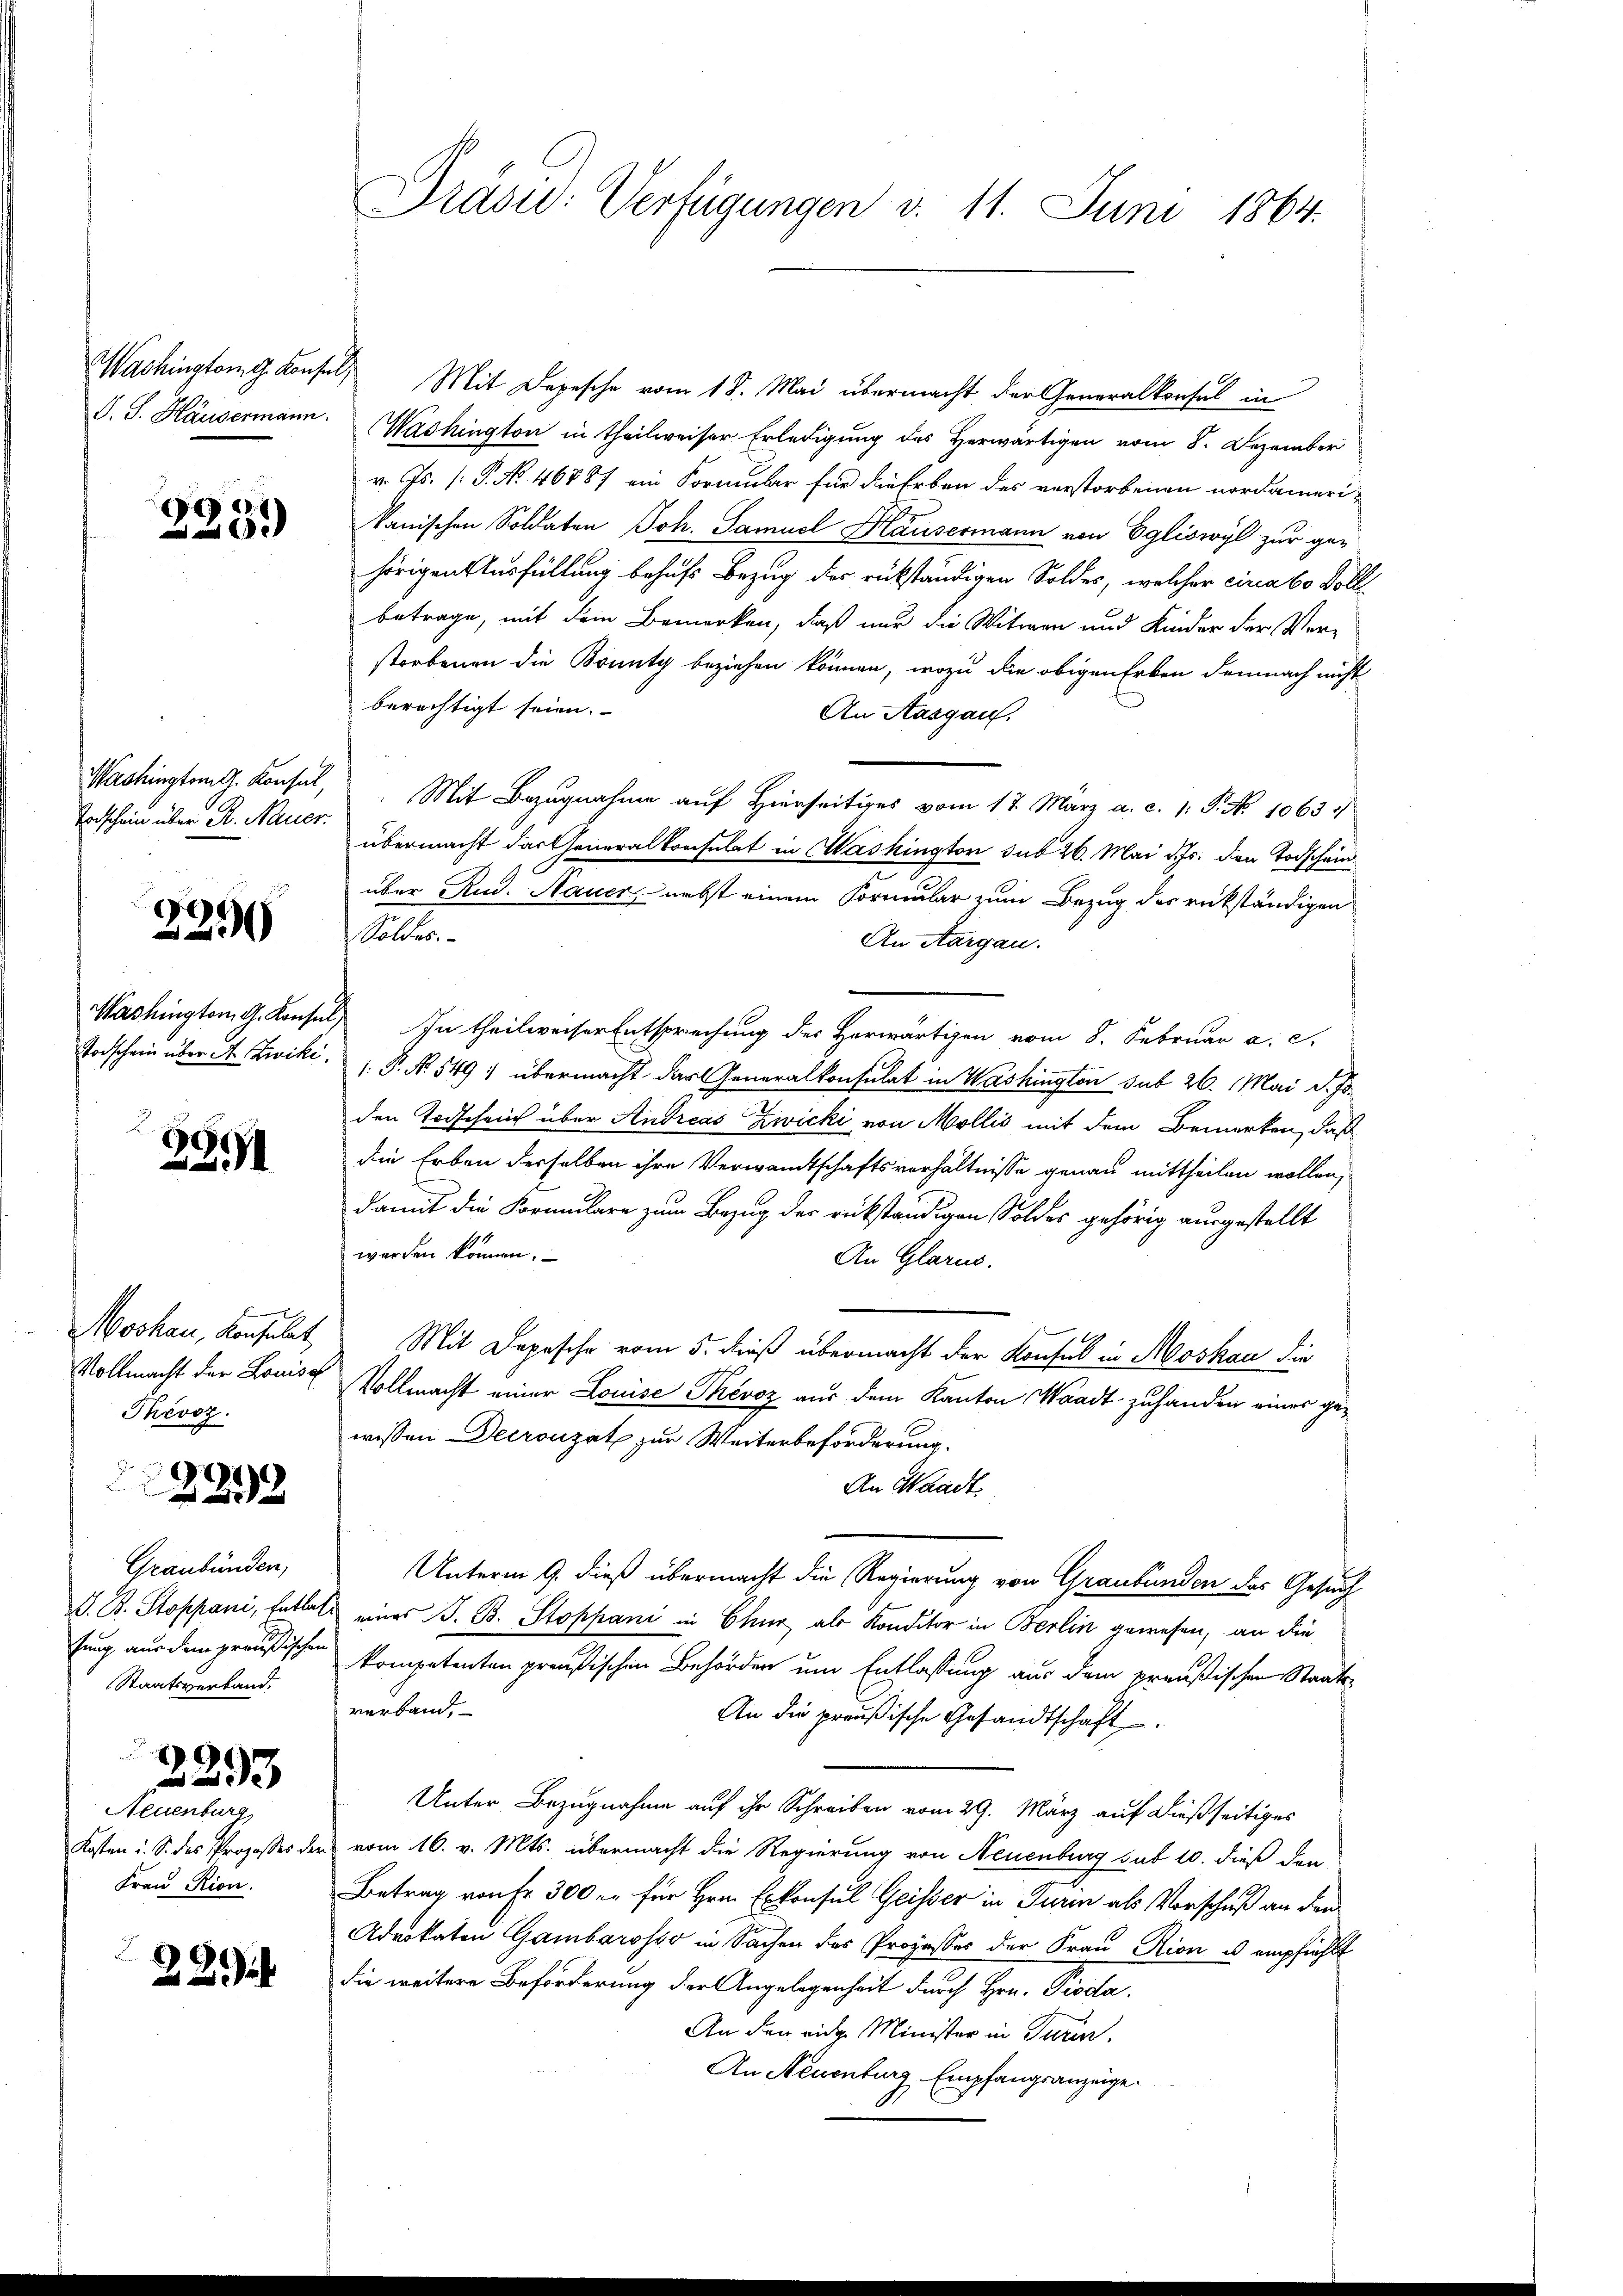
Washingtom g. Konsel
J. J. Häusermann.

233

Todschein über R. Nauer.

e
23

2991

Moskau, Konsulat,
Thevoz.

2293

Graubünden,
tung aus dem preußischen
Staatsverband.

.
Neuenburg
Kosten u. S. des Prozesses de
Frau Rion.

2293

22

Präsid: Verfügungen v. 11. Juni 1864.

Mit Depesche vom 18. Mai übermacht der Generalkonsul in
Washington in theilweiser Erledigung des Herwärtigen vom 8. Dezember
v. Js. (: P. No. 46887 ein Formular für die Erben des verstorbenen nordamerikanischen Soldaten Joh. Samuel Häusermann von Egliswyl zur gehörigen Ausfüllung behufs Bezug der rükständigen Soldes, welcher circa 60 Voll
betrage, mit dem Bemerken, daß nur die Witwen und Kinder der Verstorbenen die Bounty beziehen können, wozu die obigen Erben demnach nicht
berechtigt seien.
An Aargau.
Washingten G. Konsul, Mit Bezugnahme auf Hierseitiges vom 17. März a. c. 1. P. No 1063.
übermacht das Generalkonsulat in Washington sub 26. Mai d. Js. den Todschein
über Rud. Hauer, nebst einem Formular zum Bezug des rükständigen
Soldes.
An Aargau.
Washington G. Konsul In theilweiser Entsprechung des Herwärtigen vom 8. Februar a. c.
Godschein über A. Zwiki. P. No. 549 übermacht das Generalkonsulat in Washington sub 26. Mai d. Js.
den Todschein über Andreas Zwicki von Mollis mit dem Bemerken, daß
die Erben derselben ihre Verwandtschaftsverhältnisse genau mittheilen wollen,
damit die Formulare zum Bezug der rückständigen Soldes gehörig ausgestellt
werden können.
An Glarus.
Mit Depesche vom 5. dieß übermacht der Konsul in Moskau die
Vollmacht der Louise Vollmacht einer Louise Thévoz aus dem Kanton Waadt zu hander einer gewissen Decrouzat zur Weiterbeförderung.
An Waadt,
Unterm 9. dieß übermacht die Regierung von Graubünden das Gesuch
G. B. Stoppani, Entlas eines B. B. Stoppani in Chur, als Konditor in Berlin gewesen, an die
kompetenten preußischen Behörden um Entlassung aus dem preußischen Staatsverband,
An die preußische Gesandtschaft
Unter Bezugnahme auf ihr Schreiben vom 29. März auf dießseitiges
u vom 16. v. Mts. übermacht die Regierung von Neuenburg sub 10. dieß den
Betrag von Fr. 300 er für Hrn. Erkonsul Geisser in Turin als Vorschuß an den
Advokaten Gambarosso in Sachen des Prozesses der Frau Rion us empfiehlt
die weitere Beförderung der Angelegenheit durch Hrn. Procla
An den riche Minister in Turin,
An Neuenburg Empfangsanzeige